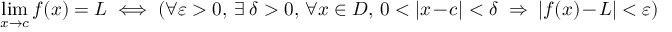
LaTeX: \operatorname* { l i m } _ { x \to c } f ( x ) = L \iff ( \forall \varepsilon > 0 , \, \exists \ \delta > 0 , \, \forall x \in D , \, 0 < | x - c | < \delta \ \Rightarrow \ | f ( x ) - L | < \varepsilon )